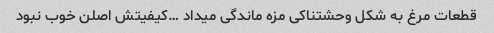
قطعات مرغ به شکل وحشتناکی مزه ماندگی میداد …کیفیتش اصلن خوب نبود